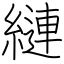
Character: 縺